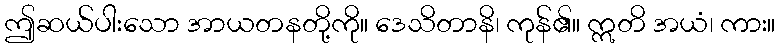
ဤဆယ်ပါးသော အာယတနတို့ကို။ ဒေသိတာနိ၊ ကုန်၏။ ဣတိ အယံ၊ ကား။